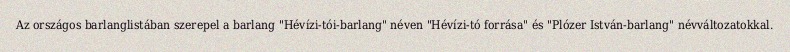
Az országos barlanglistában szerepel a barlang "Hévízi-tói-barlang" néven "Hévízi-tó forrása" és "Plózer István-barlang" névváltozatokkal.